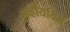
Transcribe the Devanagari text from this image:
सर्व्हायविंग